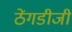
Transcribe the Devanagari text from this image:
ठेंगडीजी